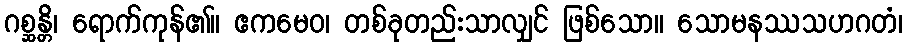
ဂစ္ဆန္တိ၊ ရောက်ကုန်၏။ ဧကမေဝ၊ တစ်ခုတည်းသာလျှင် ဖြစ်သော။ သောမနဿသဟဂတံ၊